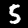
Digit: 5